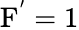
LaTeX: \mathrm{F^{'}=1}